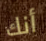
أنك